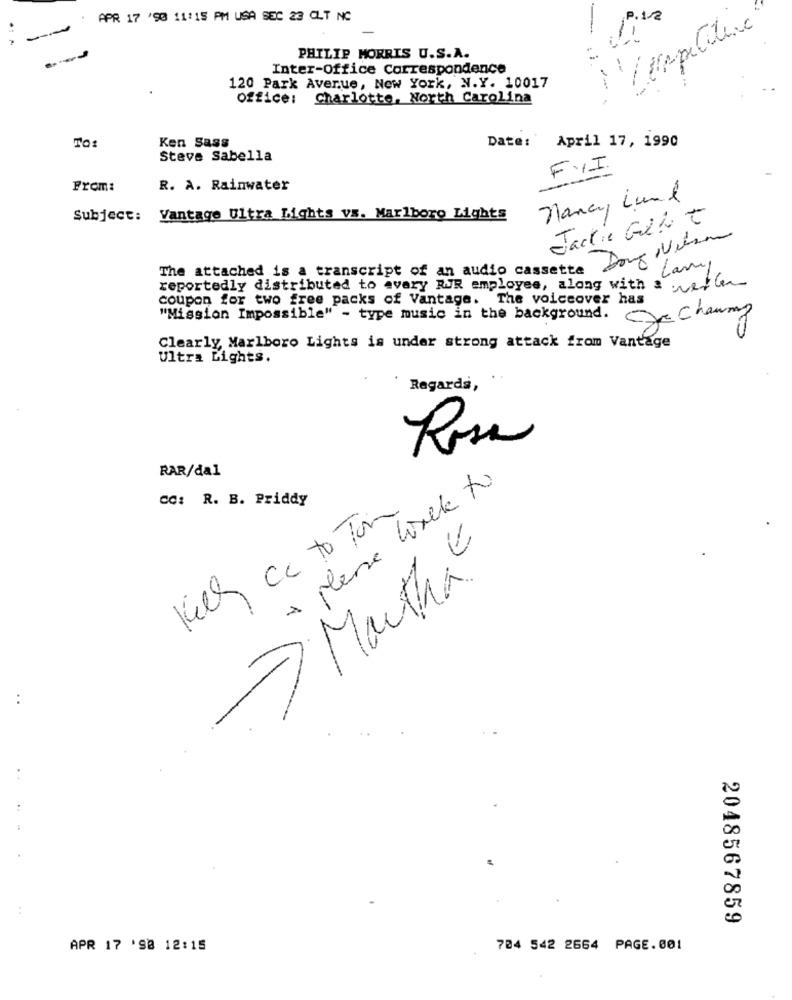
APR 17 '90 11:15 PM USA SEC 23 CLT NC
/ competitiva
PHILIP MORRIS U.S.A.
Inter-Office Correspondence
120 Park Avenue, New York, N.Y. 10017
Office: Charlotte, North Carolina
Ken Sass
April 17, 1990
TO:
Date:
Steve Sabella
FYI
From:
R. A. Rainwater
Nancy Lund
Subject:
Vantage Ultra Lights vs. Marlboro Lights
Jackie Gul t
The attached is a transcript of an audio cassette
Larryy
reportedly distributed to every RJR employee, along with a weller
coupon for two free packs of Vantage. The voiceover has
Te chauny
"Mission Impossible" - type music in the background.
Clearly, Marlboro Lights is under strong attack from Vantage
Ultra Lights.
Regards,
Rosa
RAR/dal
+ pense losele to
CC: R. B. Priddy
Kill cc to Tom
7 Martha
..
2048567859
APR 17 '98 12:15
704 542 2664 PAGE.001